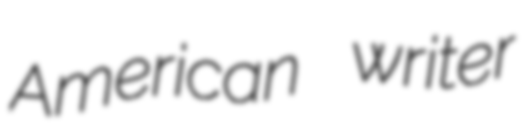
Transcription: American writer